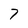
Character: 7